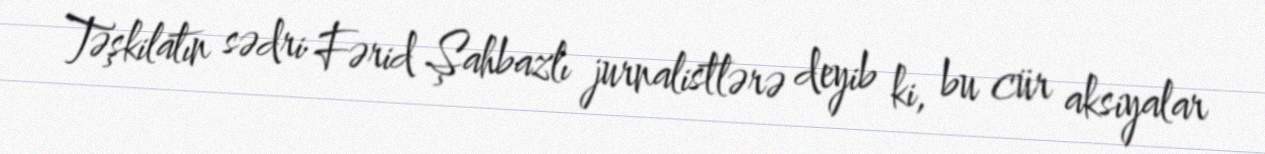
Təşkilatın sədri Fərid Şahbazlı jurnalistlərə deyib ki, bu cür aksiyalar